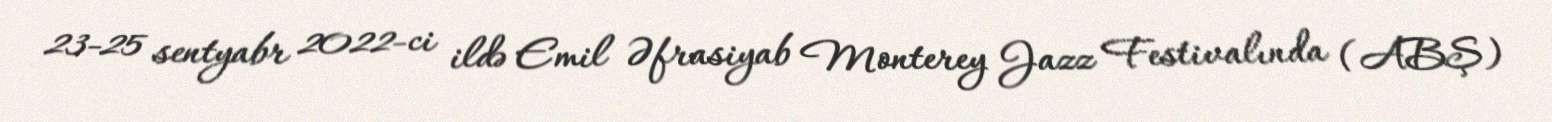
23-25 sentyabr 2022-ci ildə Emil Əfrasiyab Monterey Jazz Festivalında (ABŞ)